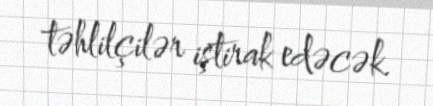
təhlilçilər iştirak edəcək.